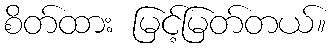
စိတ်ထား မြင့်မြတ်တယ်။